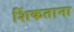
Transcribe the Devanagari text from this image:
शिंकताना